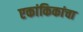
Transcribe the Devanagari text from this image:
एकांकिकांचा